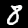
Digit: 8